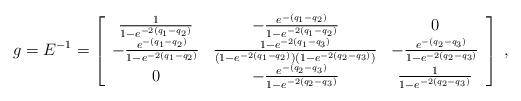
LaTeX: \begin{align*}g=E^{-1}=\left[\begin{array}{ccc}\frac{1}{1-e^{-2(q_1-q_2)}} & -\frac{e^{-(q_1-q_2)}}{1-e^{-2(q_1-q_2)}} & 0\\ -\frac{e^{-(q_1-q_2)}}{1-e^{-2(q_1-q_2)}} & \frac{1-e^{-2(q_1-q_3)}}{(1-e^{-2(q_1-q_2)})(1-e^{-2(q_2-q_3)})}& -\frac{e^{-(q_2-q_3)}}{1-e^{-2(q_2-q_3)}}\\ 0 & -\frac{e^{-(q_2-q_3)}}{1-e^{-2(q_2-q_3)}} & \frac{1}{1-e^{-2(q_2-q_3)}}\end{array}\right]\;,\end{align*}